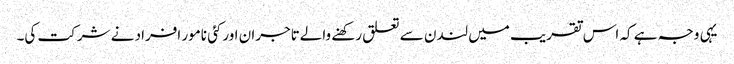
یہی وجہ ہے کہ اس تقریب میں لندن سے تعلق رکھنے والےتاجران اورکئی نامور افراد نے شرکت کی۔